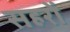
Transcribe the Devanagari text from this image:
सहरों